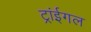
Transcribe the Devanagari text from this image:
ट्रांईगल